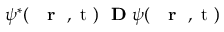
\psi ^ { * } ( \mathrm { ~ { ~ \bf ~ r ~ } ~ , ~ t ~ } ) \mathrm { ~ \bf ~ D ~ } \psi ( \mathrm { ~ { ~ \bf ~ r ~ } ~ , ~ t ~ } )